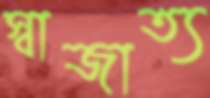
স্বাজাত্য